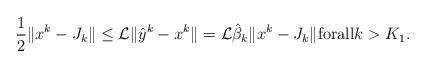
\begin{align*}\frac{1}{2}\| x^k-J_k\|\le \mathcal{L}\|\hat{y}^k-x^k\|=\mathcal{L}\hat \beta_k \|x^k-J_k\|\mbox{forall}k>K_1.\end{align*}